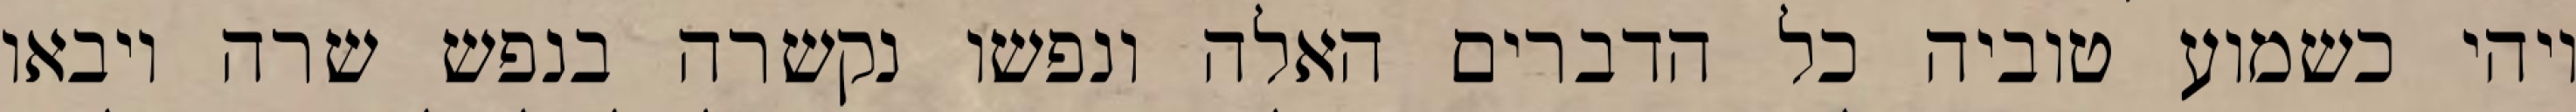
ויהי כשמוע טוביה כל הדברים האלה ונפשו נקשרה בנפש שרה ויבאו